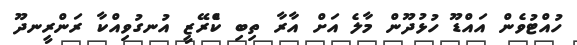
ހުއްޓުވެން އައްޑޫ ހުޅުދޫން މާލެ އަށް އާރާ ތިބި ކްެރޭޒީ އުނގުވިއްކާ ރަންރީނދޫ